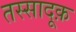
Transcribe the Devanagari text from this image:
तस्सादूक़